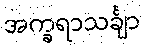
အက္ခရာသင်္ချာ